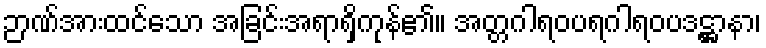
ဉာဏ်အားထင်သော အခြင်းအရာရှိကုန်၏။ အတ္တဂါရဝပရဂါရဝပဒဋ္ဌာနာ၊